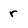
Character: r